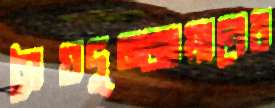
সৈয়দুজ্জামানের